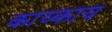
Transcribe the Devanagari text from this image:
काय्काय